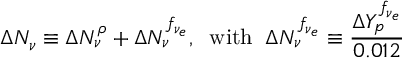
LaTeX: \Delta N _ { \nu } \equiv \Delta N _ { \nu } ^ { \rho } + \Delta N _ { \nu } ^ { f _ { \nu _ { e } } } , \; \; \mathrm { w i t h } \; \; \Delta N _ { \nu } ^ { f _ { \nu _ { e } } } \equiv { \frac { \Delta Y _ { p } ^ { f _ { \nu _ { e } } } } { 0 . 0 1 2 } }